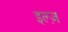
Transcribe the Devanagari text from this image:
इल्ज़